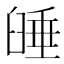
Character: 𦥻